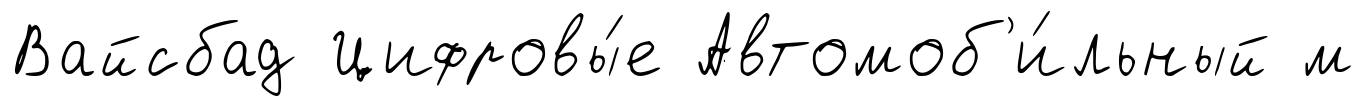
Вайсбад Цифровы́е Автомоб'и́льный м